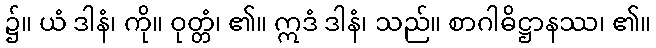
၌။ ယံ ဒါနံ၊ ကို။ ဝုတ္တံ၊ ၏။ ဣဒံ ဒါနံ၊ သည်။ စာဂါဓိဋ္ဌာနဿ၊ ၏။